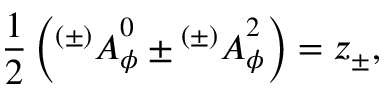
{ \frac { 1 } { 2 } } \left( { ^ { ( \pm ) } A } _ { \phi } ^ { 0 } \pm { ^ { ( \pm ) } A } _ { \phi } ^ { 2 } \right) = z _ { \pm } ,